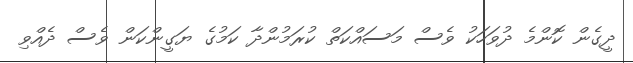
ދީގެން ކޮންމެ ދުވަހަކު ވެސް މަސައްކަތް ކުރަމުންދާ ކަމުގެ ޔަގީންކަން ވެސް ދެއްވި